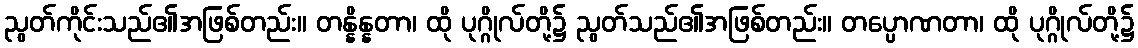
ညွတ်ကိုင်းသည်၏အဖြစ်တည်း။ တန္နိန္နတာ၊ ထို ပုဂ္ဂိုလ်တို့၌ ညွတ်သည်၏အဖြစ်တည်း။ တပ္ပောဏတာ၊ ထို ပုဂ္ဂိုလ်တို့၌